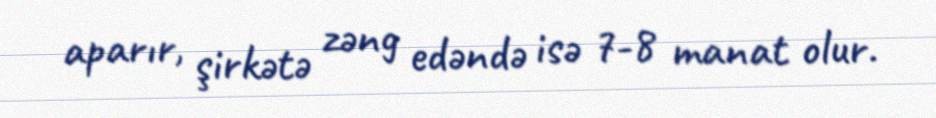
aparır, şirkətə zəng edəndə isə 7-8 manat olur.